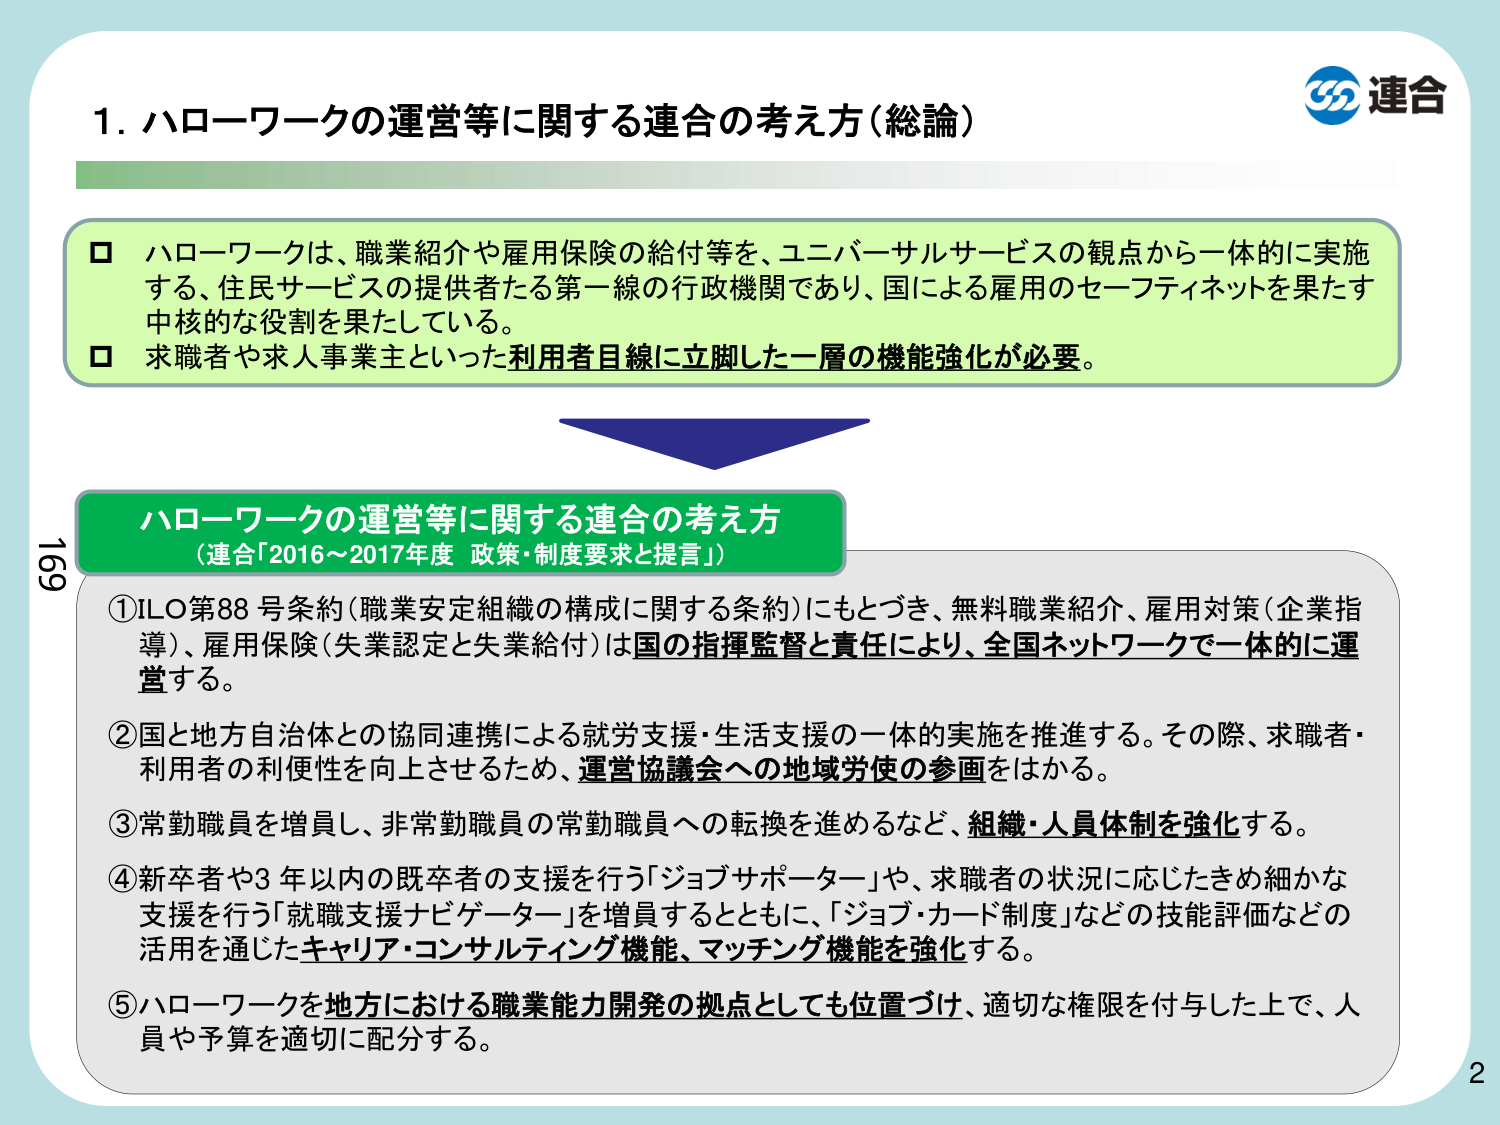
1. ハローワークの運営等に関する連合の考え方（総論）

□ ハローワークは、職業紹介や雇用保険の給付等を、ユニバーサルサービスの観点から一体的に実施する、住民サービスの提供者たる第一線の行政機関であり、国による雇用のセーフティネットを果たす中核的な役割を果たしている。
□ 求職者や求人事業主といった利用者目線に立脚した一層の機能強化が必要。

ハローワークの運営等に関する連合の考え方
（連合「2016～2017年度 政策・制度要求と提言」）

① ILO第88号条約（職業安定組織の構成に関する条約）にもとづき、無料職業紹介、雇用対策（企業指導）、雇用保険（失業認定と失業給付）は国の指揮監督と責任により、全国ネットワークで一体的に運営する。

② 国と地方自治体との協同連携による就労支援・生活支援の一体的実施を推進する。その際、求職者・利用者の利便性を向上させるため、運営協議会への地域労使の参画をはかる。

③ 常勤職員を増員し、非常勤職員の常勤職員への転換を進めるなど、組織・人員体制を強化する。

④ 新卒者や3年以内の既卒者の支援を行う「ジョブサポーター」や、求職者の状況に応じたきめ細かな支援を行う「就職支援ナビゲーター」を増員するとともに、「ジョブ・カード制度」などの技能評価などの活用を通じたキャリア・コンサルティング機能、マッチング機能を強化する。

⑤ ハローワークを地方における職業能力開発の拠点としても位置づけ、適切な権限を付与した上で、人員や予算を適切に配分する。

連合

169
2